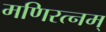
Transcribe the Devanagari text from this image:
मणिरत्‍नम्